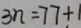
3 n = 7 7 + 1